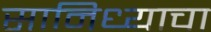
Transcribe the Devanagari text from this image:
सानिध्याचा